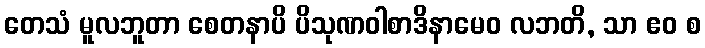
တေသံ မူလဘူတာ စေတနာပိ ပိသုဏဝါစာဒိနာမေဝ လဘတိ, သာ ဧဝ စ